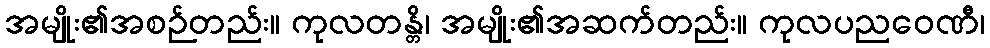
အမျိုး၏အစဉ်တည်း။ ကုလတန္တိ၊ အမျိုး၏အဆက်တည်း။ ကုလပညဝေဏီ၊